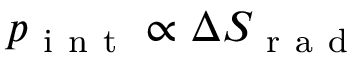
p _ { \mathrm { ~ i ~ n ~ t ~ } } \propto \Delta S _ { \mathrm { ~ r ~ a ~ d ~ } }